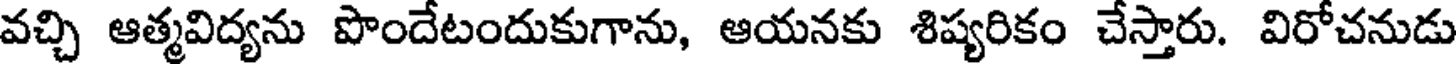
వచ్చి ఆత్మవిద్యను పొందేటందుకుగాను, ఆయనకు శిష్యరికం చేస్తారు. విరోచనుడు